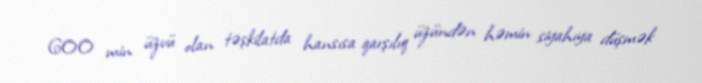
600 min üzvü olan təşkilatda hansısa qarşılıq üzündən həmin siyahıya düşmək